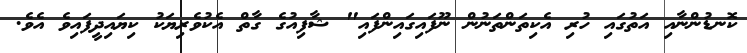
ކޮނޑުންނާއި އަތުގައި ހުރި އެކިތަންތަނުން ނޫފައިގައިންފައި" ޝާފިއުގެ ގާތް އެކުވެރިޔަކު ކިޔައިދީފައިވެ އެވެ.